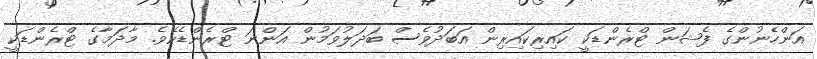
އަންހެނުންގެ ފެޝަން ޓްރެންޑަކީ ކައިރިކައިރިން އަބަދުވެސް ބަދަލުވަމުން އަންނަ ޓްރެންޑެކެވެ. މާދަމާގެ ޓްރެންޑަކީ